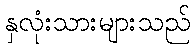
နှလုံးသားများသည်